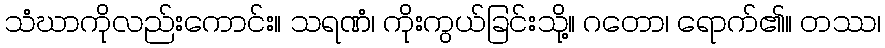
သံဃာကိုလည်းကောင်း။ သရဏံ၊ ကိုးကွယ်ခြင်းသို့။ ဂတော၊ ရောက်၏။ တဿ၊